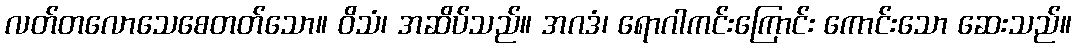
လတ်တလောသေစေတတ်သော။ ဝိသံ၊ အဆိပ်သည်။ အဂဒံ၊ ရောဂါကင်းကြောင်း ကောင်းသော ဆေးသည်။